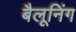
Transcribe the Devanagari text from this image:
बैलूनिंग